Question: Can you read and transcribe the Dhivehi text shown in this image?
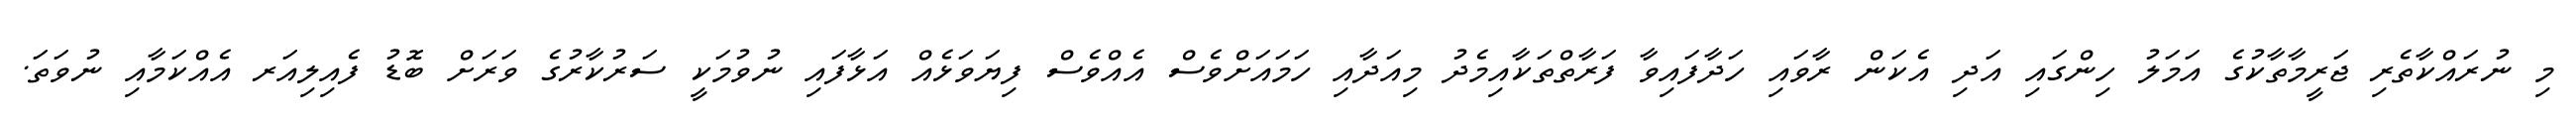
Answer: މި ނުރައްކާތެރި ޖަރީމާތާކުގެ އަމަލު ހިންގައި އަދި އެކަން ރާވައި ހަދާފައިވާ ފަރާތްތަކާއިމެދު މިއަދާއި ހަމައަށްވެސް އެއްވެސް ފިޔަވަޅެއް އަޅާފައި ނުވުމަކީ ސަރުކާރުގެ ވަރަށް ބޮޑު ފެއިލިއަރ އެއްކަމާއި ނުވަތަ.